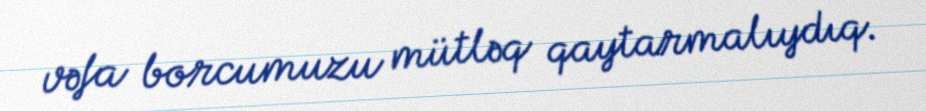
vəfa borcumuzu mütləq qaytarmalıydıq.